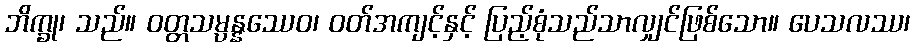
ဘိက္ခု၊ သည်။ ဝတ္တသမ္ပန္နဿေဝ၊ ဝတ်အကျင့်နှင့် ပြည့်စုံသည်သာလျှင်ဖြစ်သော။ ပေသလဿ၊